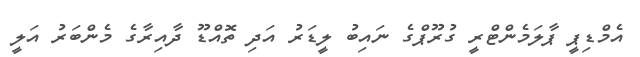
އެމްޑިޕީ ޕާލަމެންޓްރީ ގުރޫޕްގެ ނައިބު ލީޑަރު އަދި ތޮއްޑޫ ދާއިރާގެ މެންބަރު އަލީ